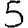
Digit: 5